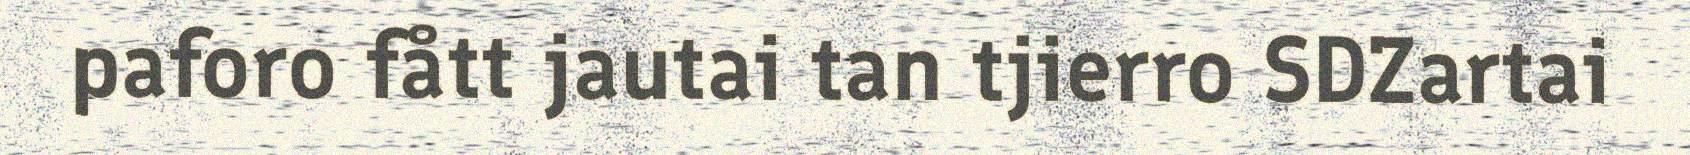
paforo fått jautai tan tjierro SDZartai